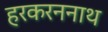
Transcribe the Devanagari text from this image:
हरकरननाथ